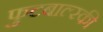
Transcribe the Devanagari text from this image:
फुटबाल्स्की